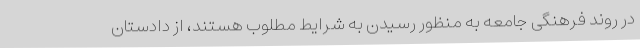
در روند فرهنگی جامعه به منظور رسیدن به شرایط مطلوب هستند، از دادستان